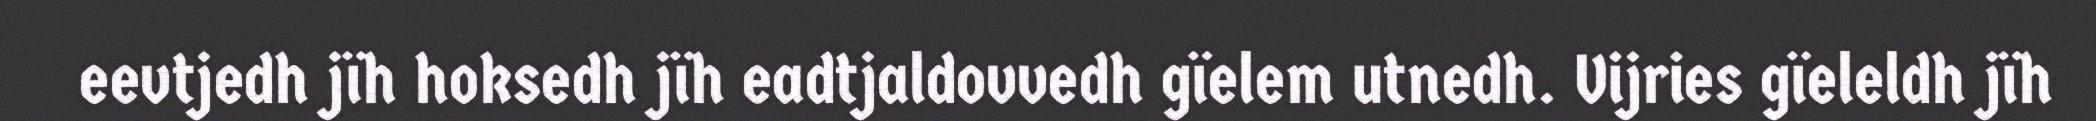
eevtjedh jïh hoksedh jïh eadtjaldovvedh gïelem utnedh. Vijries gïeleldh jïh